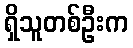
ရှိသူတစ်ဦးက